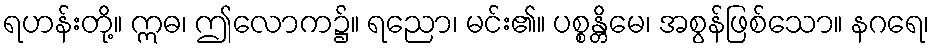
ရဟန်းတို့။ ဣဓ၊ ဤလောက၌။ ရညော၊ မင်း၏။ ပစ္စန္တိမေ၊ အစွန်ဖြစ်သော။ နဂရေ၊